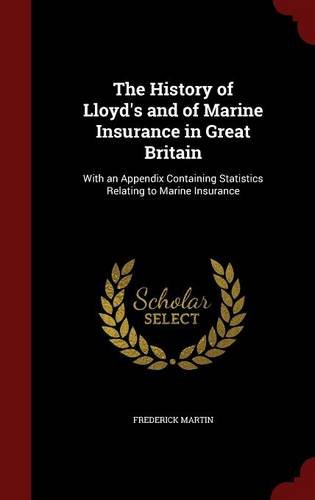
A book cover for The History of Lloyd's and of Marine Insurance in Great Britain: With an Appendix Containing Statistics Relating to Marine Insurance; Frederick Martin; Business & Money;